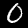
Digit: 0